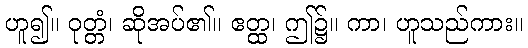
ဟူ၍။ ဝုတ္တံ၊ ဆိုအပ်၏။ ဧတ္ထ၊ ဤ၌။ ကာ၊ ဟူသည်ကား။